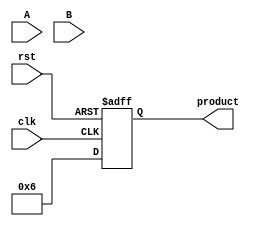
module radix2_multiplier #(parameter n = 4) (
    input [n-1:0] A,   // Multiplicand
    input [n-1:0] B,   // Multiplier
    input clk,         // Clock signal
    input rst,         // Reset signal
    output reg [2*n-1:0] product // Product output
);

// Intermediate wire to hold partial products
wire [n-1:0] partial_products [n-1:0]; // Array of partial products

// Generate partial products
genvar i;
generate
    for (i = 0; i < n; i = i + 1) begin : partial_prod_gen
        assign partial_products[i] = A & {n{B[i]}}; // AND with respective bit of B
    end
endgenerate

// Addition of partial products
reg [2*n-1:0] sum;  // To store intermediate sums
integer j;

always @(posedge clk or posedge rst) begin
    if (rst) begin
        product <= 0;    // Reset product to 0
    end else begin
        sum = 0; // Start with 0 for each multiplication
        // Align and add partial products
        for (j = 0; j < n; j = j + 1) begin
            sum = sum + {partial_products[j], j}; // Shift partial product j
        end
        product <= sum; // Assign final sum to the product output
    end
end

endmodule